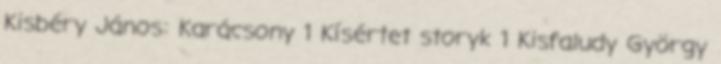
Kisbéry János: Karácsony 1 Kísértet storyk 1 Kisfaludy György